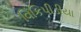
વિકિપીડીયા